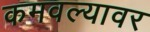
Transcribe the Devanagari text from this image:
कमवल्यावर